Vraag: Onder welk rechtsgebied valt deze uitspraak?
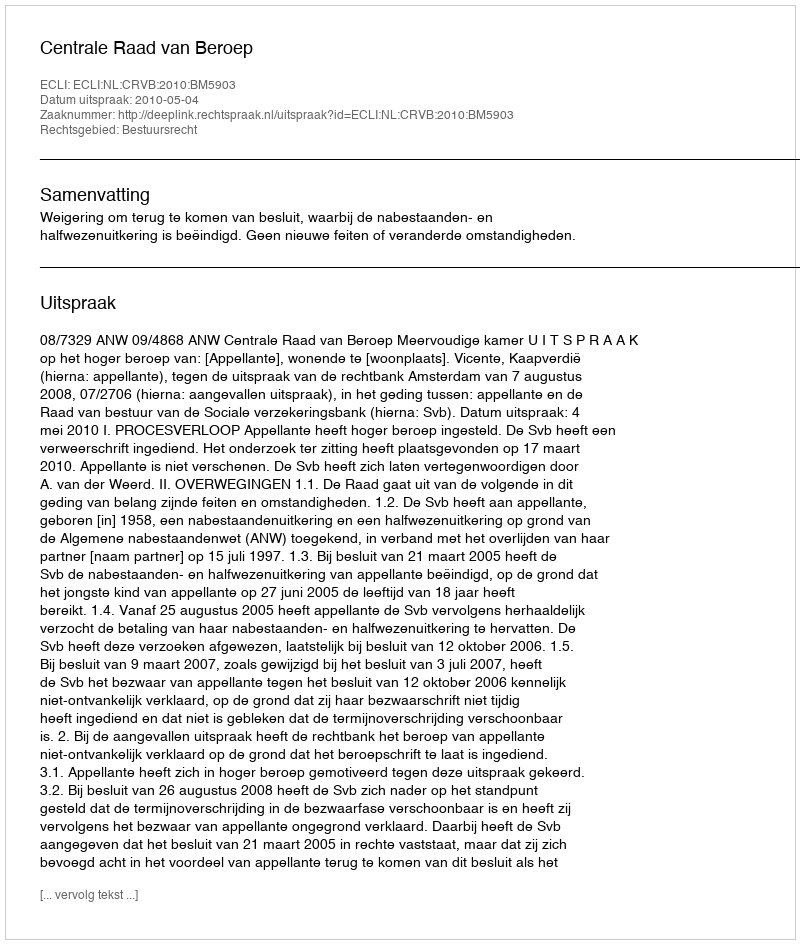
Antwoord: Bestuursrecht